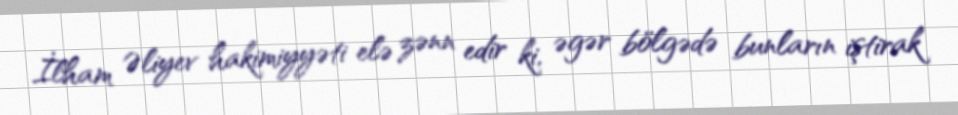
İlham Əliyev hakimiyyəti elə zənn edir ki, əgər bölgədə bunların iştirak